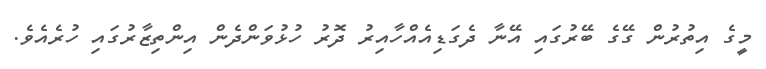
މީގެ އިތުރުން ގޭގެ ބޭރުގައި އޭނާ ދެގަޑިއެއްހާއިރު ދޮރު ހުޅުވަންދެން އިންތިޒާރުގައި ހުރެއެވެ.